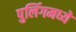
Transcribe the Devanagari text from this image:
पुलिंगमध्ये